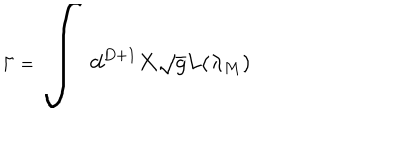
\Gamma = \Huge \int \large d ^ { D + 1 } X \sqrt { g } L ( { \lambda } _ { M } )